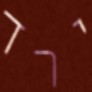
ירד